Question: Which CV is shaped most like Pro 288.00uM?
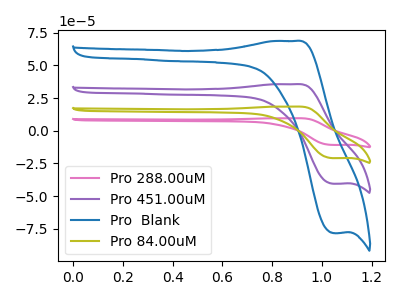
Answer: <think>The pink curve "Pro 288.00uM" has an anodic peak at (0.90V, 106.75uA) and a cathodic peak at (1.05V, -121.90uA). The purple curve "Pro 451.00uM" has an anodic peak at (0.90V, 35.60uA) and a cathodic peak at (1.05V, -40.65uA). The blue curve "Pro  Blank" has an anodic peak at (0.90V, 68.65uA) and a cathodic peak at (1.05V, -78.40uA). The olive curve "Pro 84.00uM" has an anodic peak at (0.90V, 71.15uA) and a cathodic peak at (1.05V, -81.25uA).
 All the peaks in "Pro 288.00uM" have a peak in "Pro 451.00uM" at the same potential. Every peak in "Pro 288.00uM" is higher than every peak in "Pro 451.00uM". All the peaks in "Pro 288.00uM" have a peak in "Pro  Blank" at the same potential. Every peak in "Pro 288.00uM" is higher than every peak in "Pro  Blank". All the peaks in "Pro 288.00uM" have a peak in "Pro 84.00uM" at the same potential. Every peak in "Pro 288.00uM" is higher than every peak in "Pro 84.00uM". All the peaks in "Pro 451.00uM" have a peak in "Pro  Blank" at the same potential. Every peak in "Pro 451.00uM" is lower than every peak in "Pro  Blank". All the peaks in "Pro 451.00uM" have a peak in "Pro 84.00uM" at the same potential. Every peak in "Pro 451.00uM" is lower than every peak in "Pro 84.00uM". All the peaks in "Pro  Blank" have a peak in "Pro 84.00uM" at the same potential. Every peak in "Pro  Blank" is lower than every peak in "Pro 84.00uM".</think>
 <answer>"Pro 288.00uM", "Pro 451.00uM" and "Pro 84.00uM" have a similar shape to "Pro  Blank".</answer>
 <eval>"Pro 288.00uM" "Pro 451.00uM" "Pro 84.00uM"</eval>